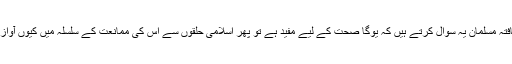
بعض تعلیم یافتہ مسلمان یہ سوال کرتے ہیں کہ یوگا صحت کے لیے مفید ہے تو پھر اسلامی حلقوں سے اس کی ممانعت کے سلسلہ میں کیوں آوازیں آرہی ہیں؟